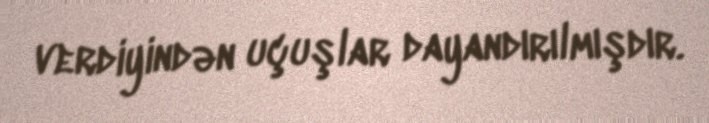
verdiyindən uçuşlar dayandırılmışdır.